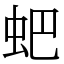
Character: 蚆